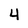
Character: 4